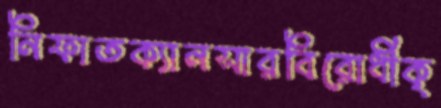
নিফাতক্যানসারবিরোধীক্